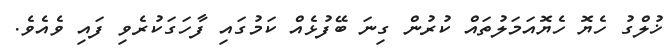
ޚުލްގު ހެޔޮ ހެޔޮއަމަލުތައް ކުރުން ގިނަ ބޭފުޅެއް ކަމުގައި ފާހަގަކުރެވި ފައި ވެއެވެ.